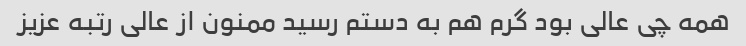
همه چی عالی بود گرم هم به دستم رسید ممنون از عالی رتبه عزیز